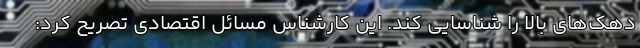
دهک‌های بالا را شناسایی کند. این کارشناس مسائل اقتصادی تصریح کرد: